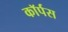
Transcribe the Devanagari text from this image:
काॅर्पस